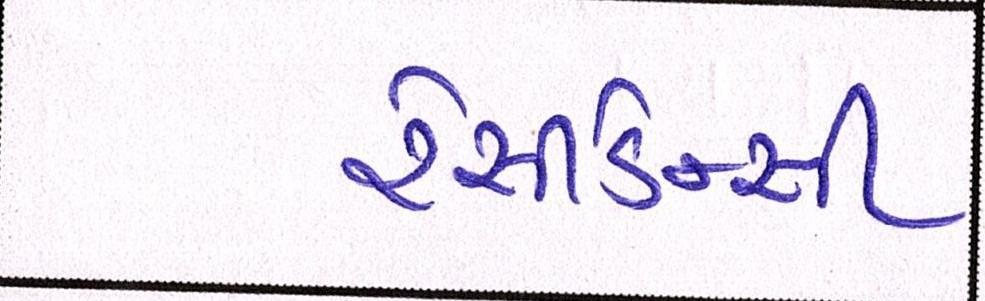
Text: રેસીડેન્સી